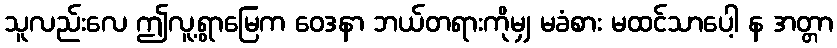
သူလည်းလေ ဤလူ့ရွာမြေက ဝေဒနာ ဘယ်တရားကိုမျှ မခံစား မထင်သာပေါ့ န အတ္တာ